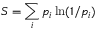
S = \sum _ { i } p _ { i } \ln ( 1 / p _ { i } )